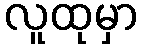
လူထုမှာ